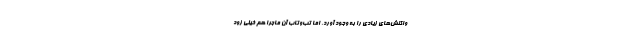
واکنش‌های زیادی را به وجود آورد، اما تب‌وتاب آن ماجرا هم خیلی زود